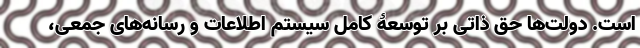
است. دولت‌ها حق ذاتی بر توسعۀ کاملِ سیستم اطلاعات و رسانه‌های جمعی‌،